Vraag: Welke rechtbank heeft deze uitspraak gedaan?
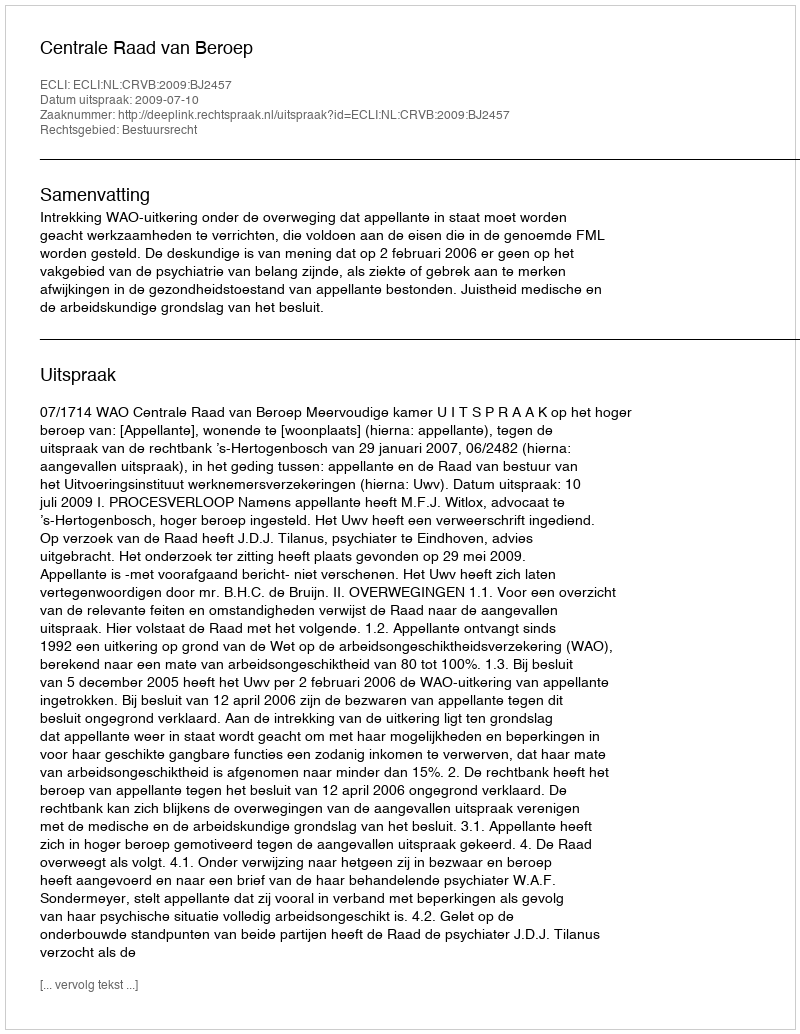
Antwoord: Centrale Raad van Beroep